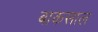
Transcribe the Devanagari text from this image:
बाकसाल